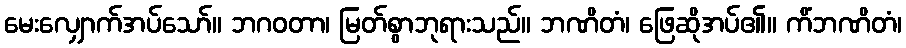
မေးလျှောက်အပ်သော်။ ဘဂဝတာ၊ မြတ်စွာဘုရားသည်။ ဘဏိတံ၊ ဖြေဆိုအပ်၏။ ကိံဘဏိတံ၊